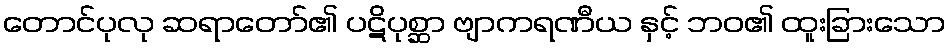
တောင်ပုလု ဆရာတော်၏ ပဋိပုစ္ဆာ ဗျာကရဏီယ နှင့် ဘဝ၏ ထူးခြားသော